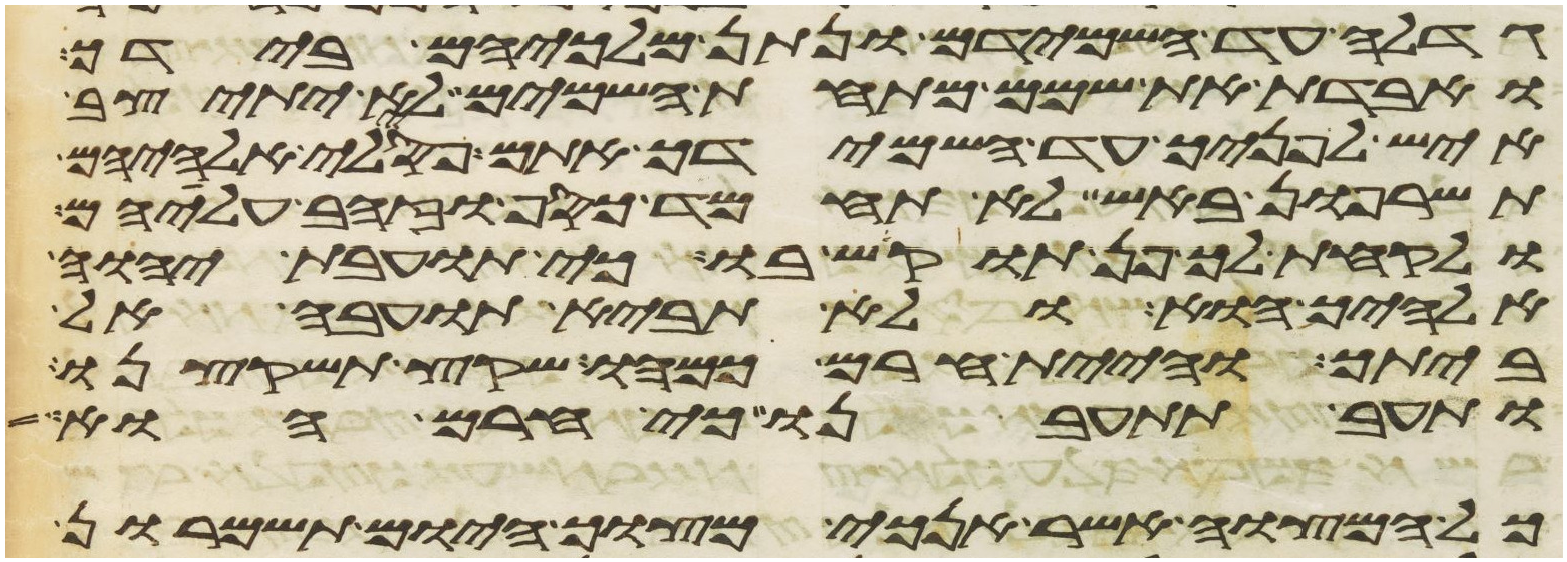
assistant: גדלה עד השמידם ונתן מלכיהם בידך
ואבדת את שמם מתחת השמים לא יתיצב
איש לפניך עד השמידך אתם פסילי אלהיהם
תשרפון באש לא תחמד כסף וזהב עליהם
ולקחת לך פן תוקש בו כי תועבת יהוה
אלהיך הוא ולא תביא תועבה אל
ביתך והיית חרם כמהו שקץ תשקצנו
ותעב תתעבנו כי חרם הוא
כל המצוה אשר אנכי מצוך היום תשמרון